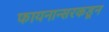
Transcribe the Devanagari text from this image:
फायनान्सरकडून